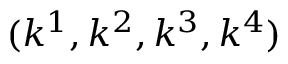
( k ^ { 1 } , k ^ { 2 } , k ^ { 3 } , k ^ { 4 } )